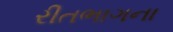
રીતભાગના